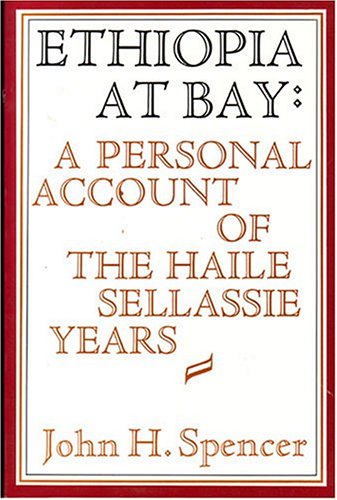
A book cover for Ethiopia at Bay: A Personal Account of the Haile Sellassie Years; John H. Spencer; History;